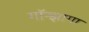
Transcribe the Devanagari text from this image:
गॉन्झागा